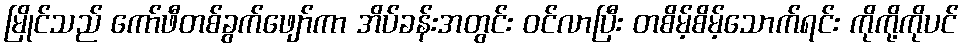
မြိုင်သည် ကော်ဖီတစ်ခွက်ဖျော်ကာ အိပ်ခန်းအတွင်း ဝင်လာပြီး တစိမ့်စိမ့်သောက်ရင်း ကိုကို့ကိုပင်